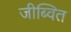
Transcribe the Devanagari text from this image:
जीब्वित